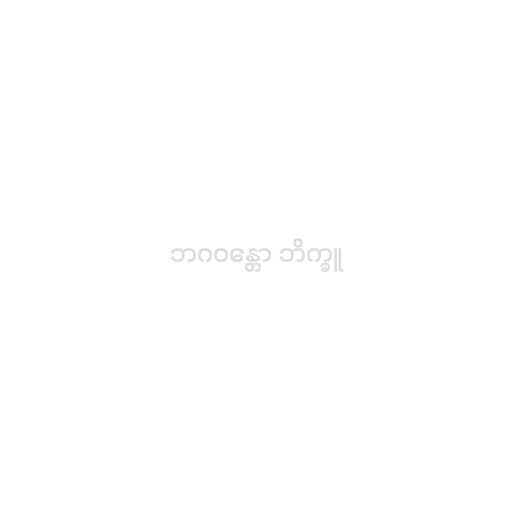
ဘဂဝန္တော ဘိက္ခူ